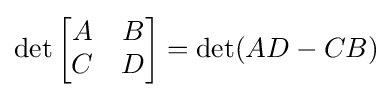
\det {\begin{bmatrix}A&B\\C&D\end{bmatrix}}=\det(AD-CB)